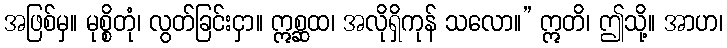
အဖြစ်မှ။ မုစ္စိတုံ၊ လွတ်ခြင်းငှာ။ ဣစ္ဆထ၊ အလိုရှိကုန် သလော။” ဣတိ၊ ဤသို့။ အာဟ၊